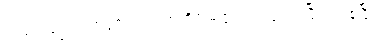
ကဿပဗုဒ္ဓဝံသအဖွင့်သည်။ ဣတိသမတ္တာ၊ ဤတွင်၍ ပြီးပြည့်စုံပြီ။